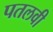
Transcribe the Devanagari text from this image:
पतलवी